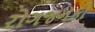
રોગજનકો